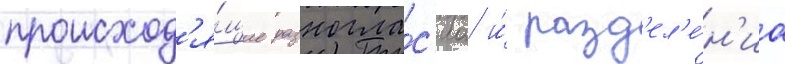
происход'я́щие разногла́с'иа и́ разд'ел'е́н'иа